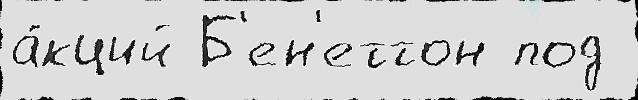
а́кций Б'ен'еттон под